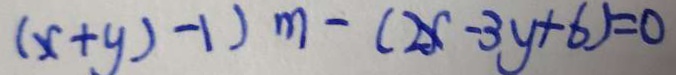
( x + y ) - 1 ) m - ( 2 x - 3 y + 6 ) = 0